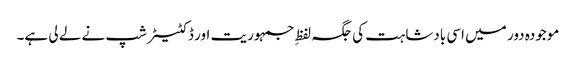
موجودہ دور میں اسی بادشاہت کی جگہ لفظِ جمہوریت اور ڈکٹیٹر شپ نے لے لی ہے۔